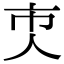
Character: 𠆴